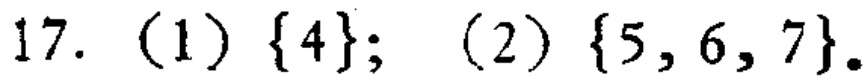
17. (1) \(\{4\}\); (2) \(\{5, 6, 7\}\)